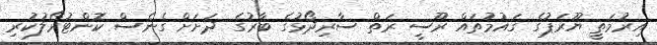
އިރުމަތީ ޔޫރަޕުގެ ގައުމުތައް ރޫސީ ރަތް ސާރިދޯޅުގެ ބާރުގެ ދަށަށް ގެނެސް ކޮންޓުރޯލުކުރި